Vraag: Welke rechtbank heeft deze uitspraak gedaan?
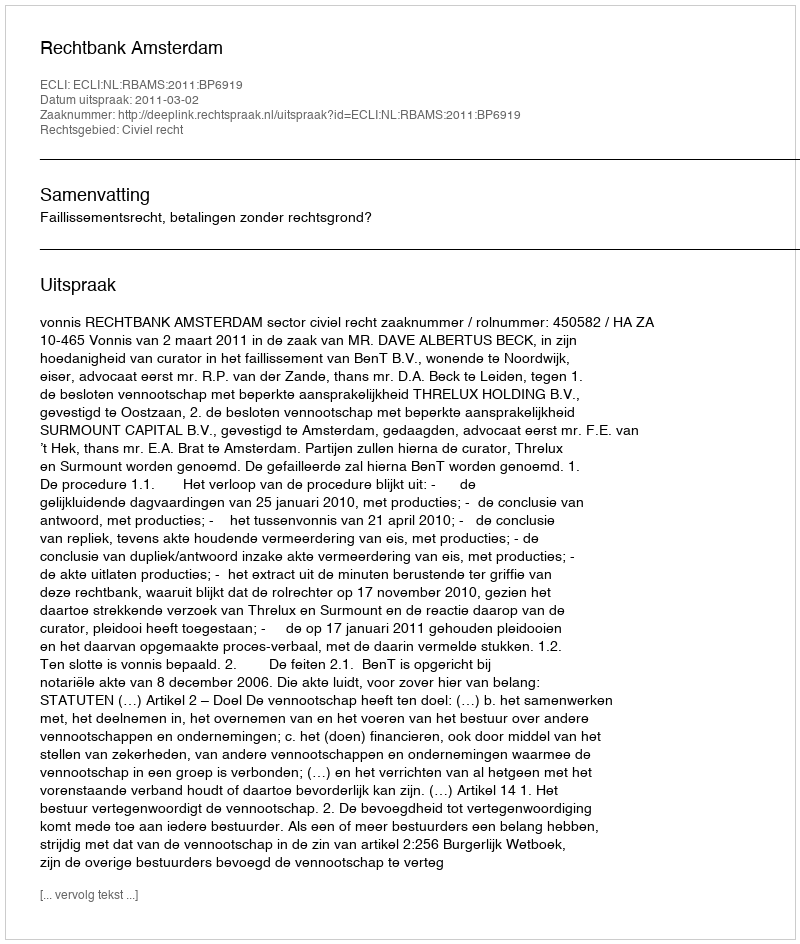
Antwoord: Rechtbank Amsterdam